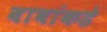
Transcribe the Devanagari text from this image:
बाबांकडे